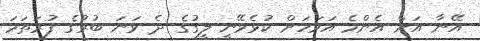
އޭނާ އަށް އެންމެ އަވަހަށް ކުޅެވޭނީ ލީގުގެ ދެ ވަނަ ބުރުގެ ފުރަތަމަ